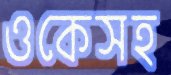
ওকেসহ